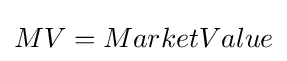
MV=MarketValue